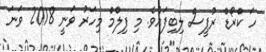
ހަ ކްރޯޑް ރުޕީސް ލިބިފައެވެ. މި ފިލްމް މިހަރު ވަނީ 2018 ވަނަ